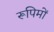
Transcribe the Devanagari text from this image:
रूपिमों